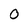
Character: O